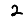
Digit: 2